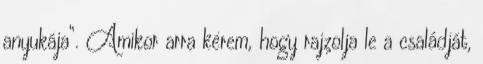
anyukája”. Amikor arra kérem, hogy rajzolja le a családját,